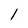
Character: l